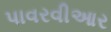
પાવરવીઆર